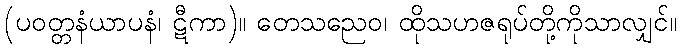
(ပဝတ္တနံယာပနံ၊ ဋီကာ)။ တေသညေဝ၊ ထိုသဟဇရုပ်တို့ကိုသာလျှင်။